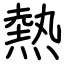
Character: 熱